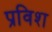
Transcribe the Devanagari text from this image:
प्रविश